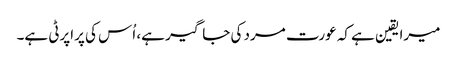
میرا یقین ہے کہ عورت مرد کی جاگیر ہے، اُس کی پراپرٹی ہے۔